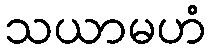
သယာမဟံ